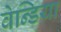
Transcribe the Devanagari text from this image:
वेन्डिया